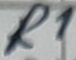
Text: R1